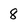
Character: 8